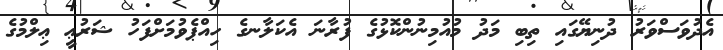
އެދުވަސްވަރު ދުނިޔޭގައި ތިބި މަދު މުއުމިނުންކޮޅުގެ ފުރާނަ އެކަލާނގެ ހިއްޕެވުމަށްފަހު ޝަރުޢީ ޢިލްމުގެ